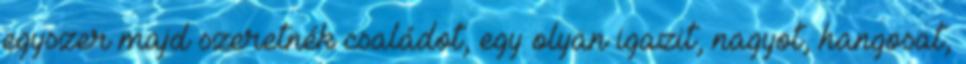
egyszer majd szeretnék családot, egy olyan igazit, nagyot, hangosat,